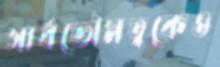
সার্বভৌমত্বকেও